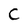
Character: C